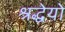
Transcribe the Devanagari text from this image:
श्रद्धेयो